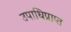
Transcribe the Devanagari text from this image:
उपाधिप्राप्त